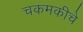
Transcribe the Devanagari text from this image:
चकमकीचे